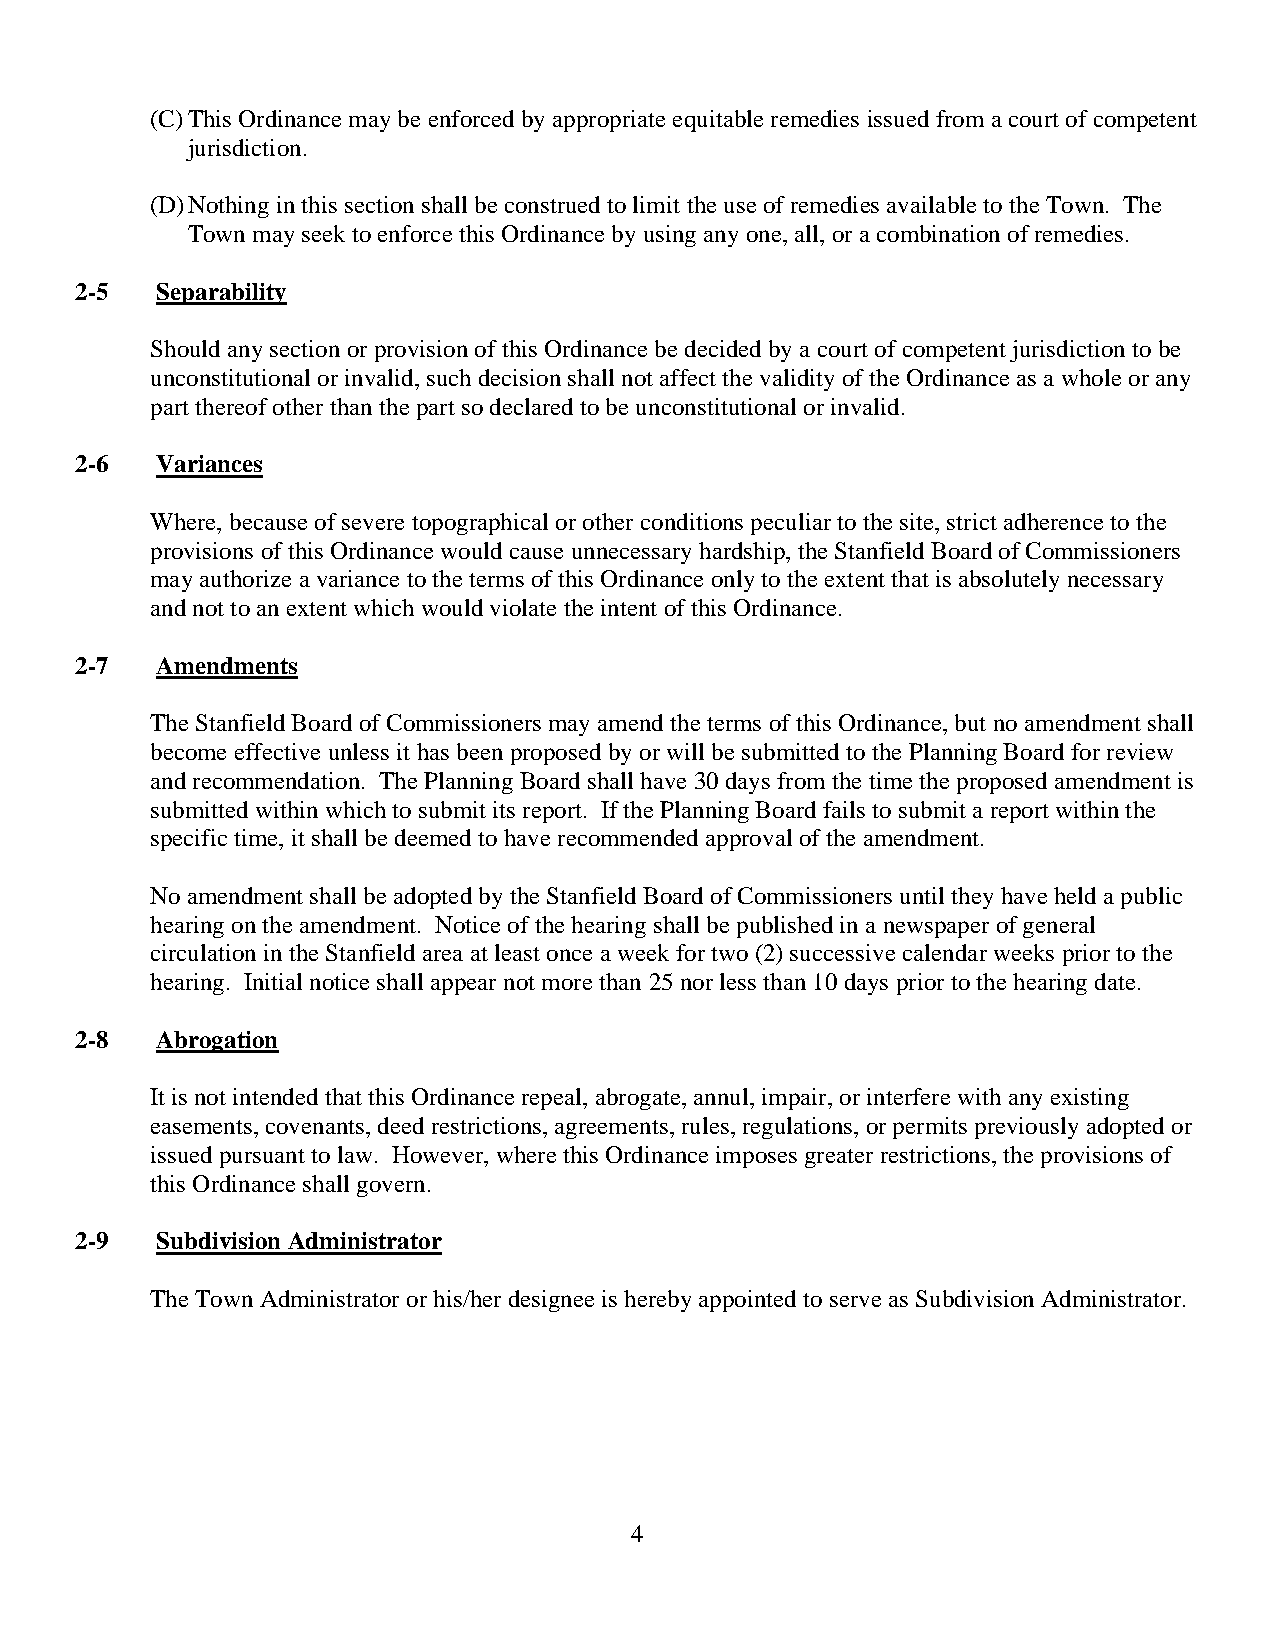
(C) This Ordinance may be enforced by appropriate equitable remedies issued from a court of competent
 jurisdiction.
 (D) Nothing in this section shall be construed to limit the use of remedies available to the Town. The
 Town may seek to enforce this Ordinance by using any one, all, or a combination of remedies.
 2-5  Separability
 Should any section or provision of this Ordinance be decided by a court of competent jurisdiction to be
 unconstitutional or invalid, such decision shall not affect the validity of the Ordinance as a whole or any
 part thereof other than the part so declared to be unconstitutional or invalid.
 2-6  Variances
 Where, because of severe topographical or other conditions peculiar to the site, strict adherence to the
 provisions of this Ordinance would cause unnecessary hardship, the Stanfield Board of Commissioners
 may authorize a variance to the terms of this Ordinance only to the extent that is absolutely necessary
 and not to an extent which would violate the intent of this Ordinance.
 2-7  Amendments
 The Stanfield Board of Commissioners may amend the terms of this Ordinance, but no amendment shall
 become effective unless it has been proposed by or will be submitted to the Planning Board for review
 and recommendation. The Planning Board shall have 30 days from the time the proposed amendment is
 submitted within which to submit its report. If the Planning Board fails to submit a report within the
 specific time, it shall be deemed to have recommended approval of the amendment.
 No amendment shall be adopted by the Stanfield Board of Commissioners until they have held a public
 hearing on the amendment. Notice of the hearing shall be published in a newspaper of general
 circulation in the Stanfield area at least once a week for two (2) successive calendar weeks prior to the
 hearing. Initial notice shall appear not more than 25 nor less than 10 days prior to the hearing date.
 2-8  Abrogation
 It is not intended that this Ordinance repeal, abrogate, annul, impair, or interfere with any existing
 easements, covenants, deed restrictions, agreements, rules, regulations, or permits previously adopted or
 issued pursuant to law. However, where this Ordinance imposes greater restrictions, the provisions of
 this Ordinance shall govern.
 2-9  Subdivision Administrator
 The Town Administrator or his/her designee is hereby appointed to serve as Subdivision Administrator.
 4